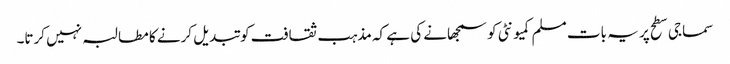
سماجی سطح پر یہ بات مسلم کمیونٹی کو سمجھانے کی ہے کہ مذہب ثقافت کو تبدیل کرنے کا مطالبہ نہیں کرتا۔